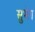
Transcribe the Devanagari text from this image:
सुभेग